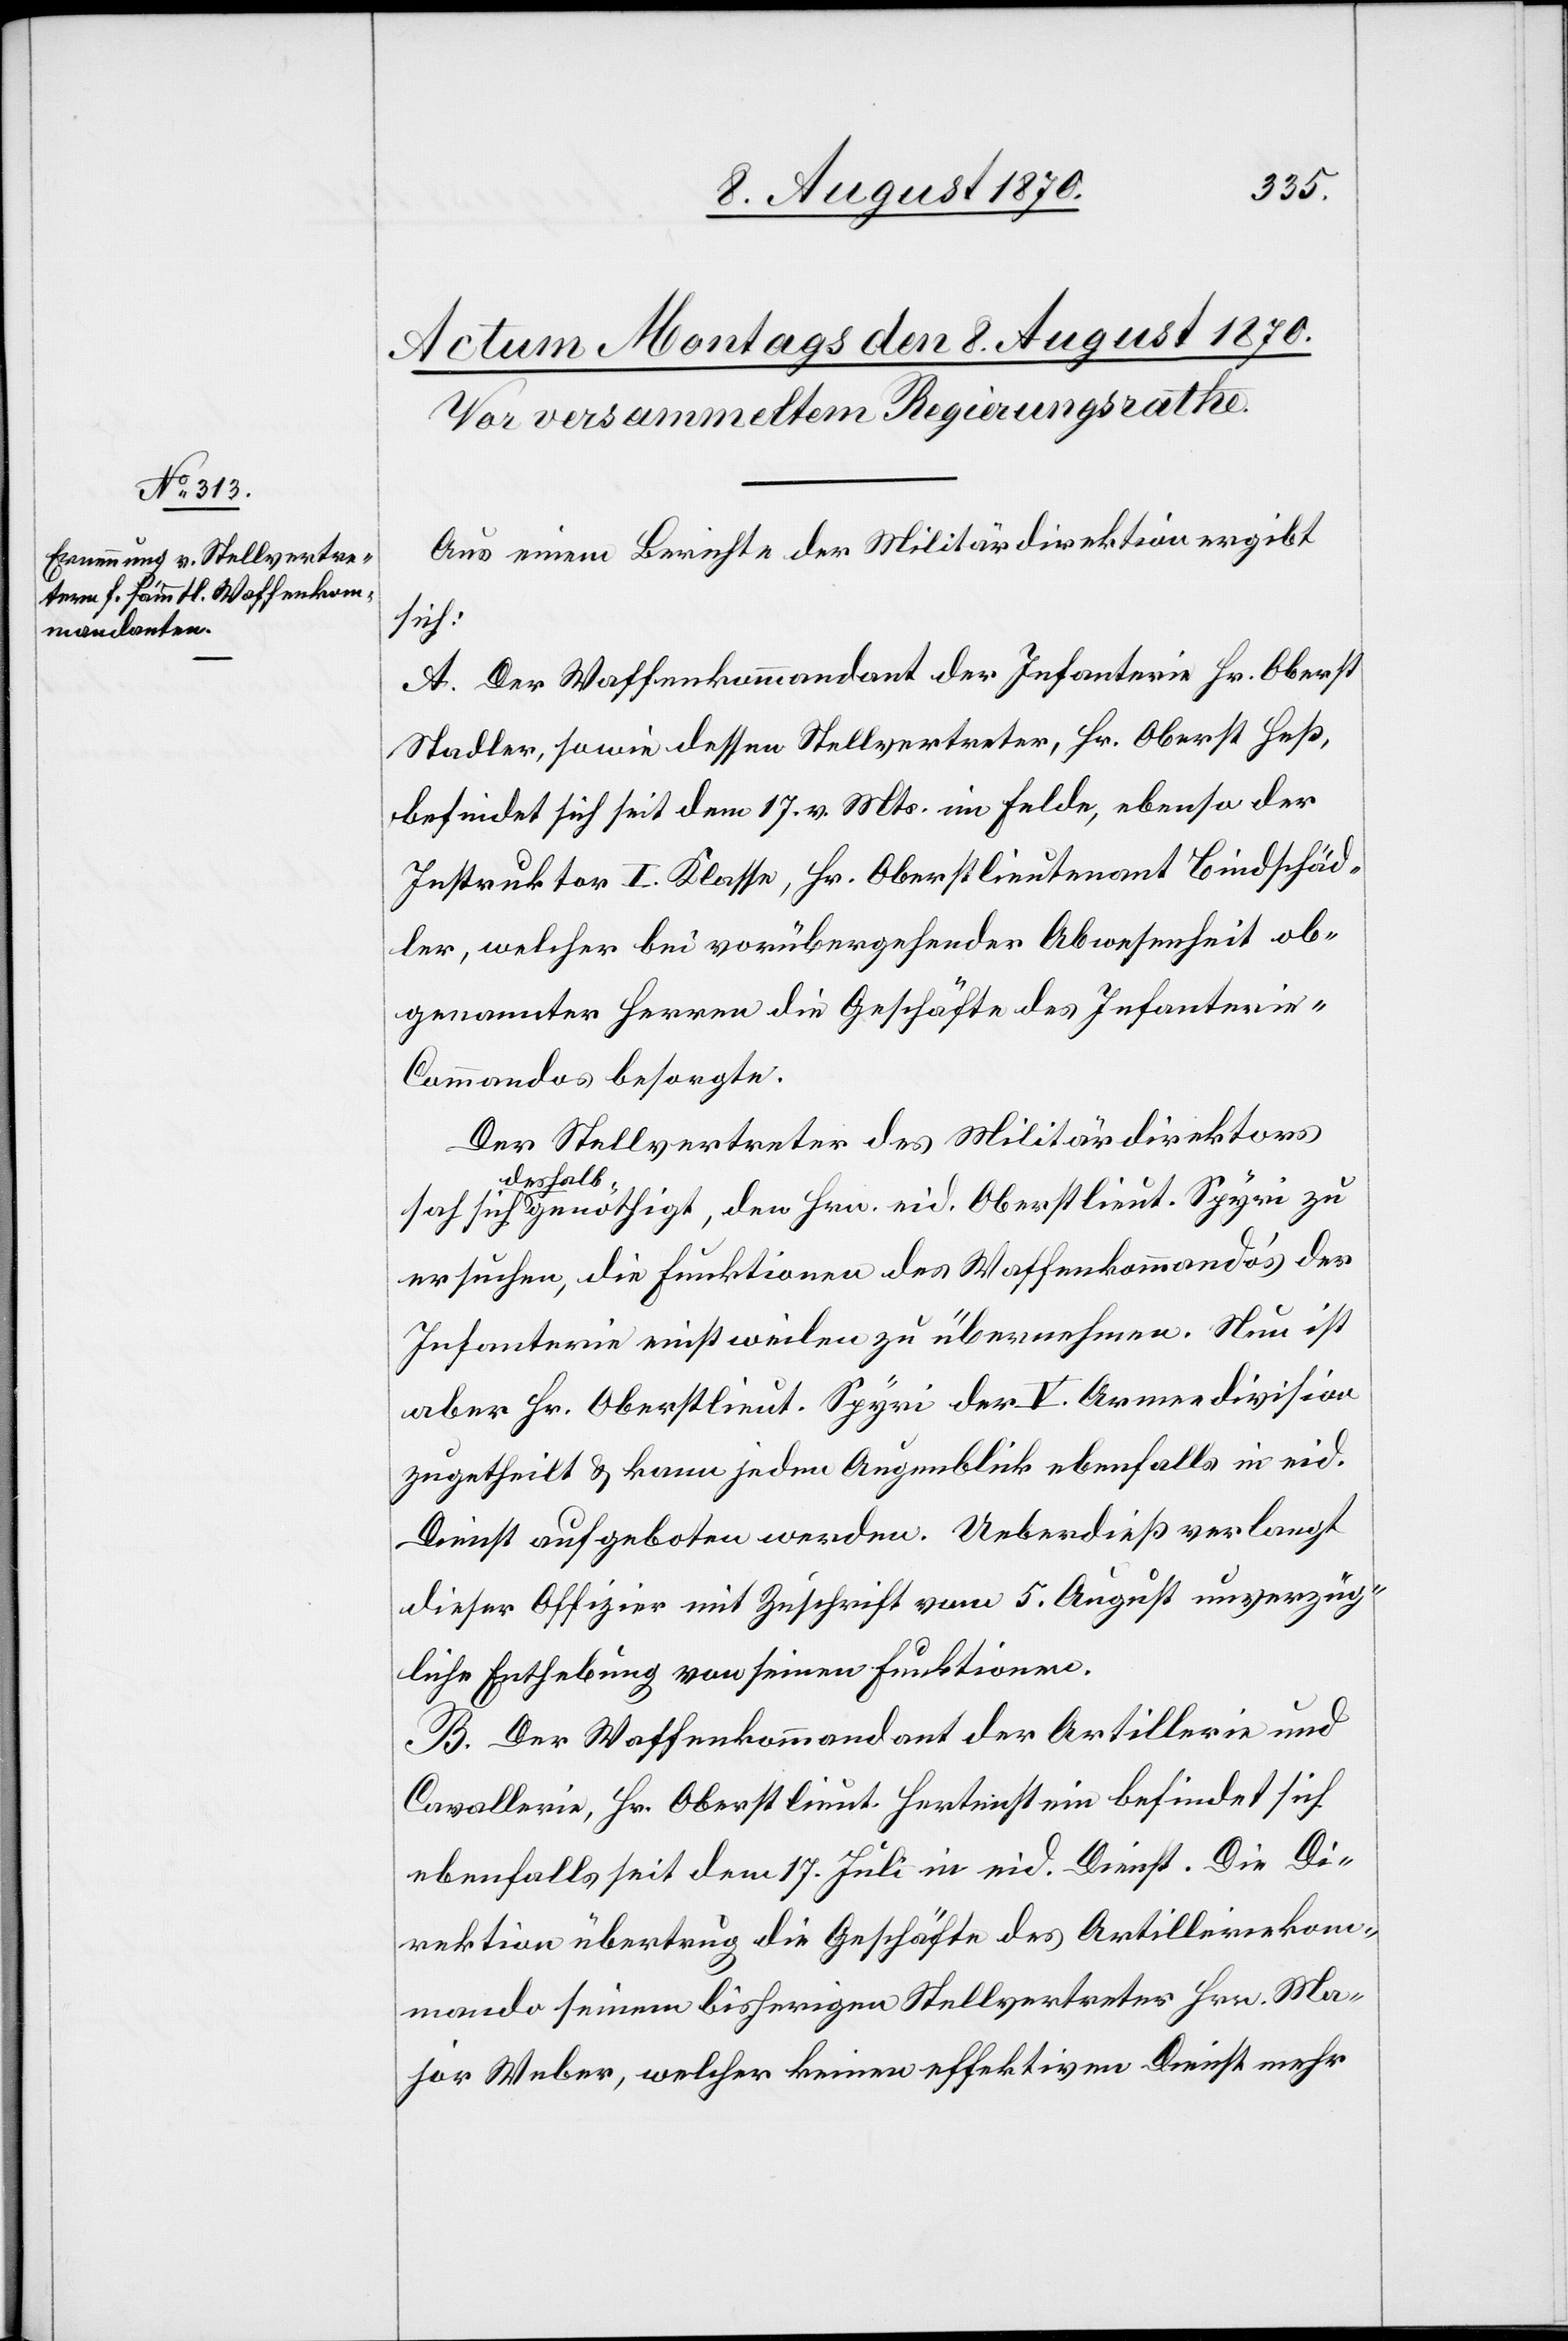
Aus einem Berichte der Militärdirektion ergibt
sich
A. Der Waffenkommandant der Infanterie Hr. Oberst
Stadler, sowie dessen Stellvertreter, Hr. Oberst Heß,
befindet sich seit dem 17. v. Mts. im Felde, ebenso der
Instruktor I. Klasse, Hr. Oberstlieutenant Bindschäd¬
ler, welcher bei vorübergehender Abwesenheit ob¬
genannter Herren die Geschäfte des Infanteri¬
e-Commandos besorgte.
Der Stellvertreter des Militärdirektors
de¬
shalb genöthigt, den Hrn. eid. Oberstlieut. Spyri zu
ersuchen, die Funktionen des Waffenkommando’s der
Infanterie einstweilen zu übernehmen. Neu ist
aber Hr. Oberstlieut. Spyri der V. Armeedivision
zugetheilt & kann jeden Augenblick ebenfalls in eid.
Dienst aufgeboten werden. Ueberdieß verlangt
dieser Offizier mit Zuschrift vom 5. August unverzüg¬
liche Enthebung von seinen Funktionen.
B. Der Waffenkommandant der Artillerie und
Cavallerie, Hr. Oberstlieut. Hertenstein befindet sich
ebenfalls seit dem 17. Juli in eid. Dienst. Die Di¬
rektion übertrug die Geschäfte des Artilleriekom¬
mando seinem bisherigen Stellvertreter Hrn. Ma¬
jor Weber, welcher keinen effektiven Dienst mehr